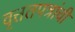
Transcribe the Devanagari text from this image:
वृत्ततपत्रांची